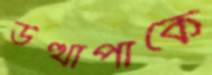
উত্থাপাকে